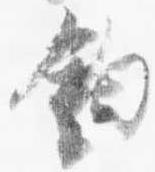
鈎